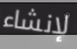
لإنشاء